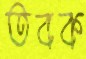
তবক